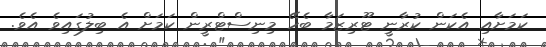
ކަމަށާއި އެކަން ކުރާނީ ޓޫރިޒަމާ ބެހޭ މިނިސްޓްރީން ކަމަށް އެ ބިލުގައިވެ އެވެ.